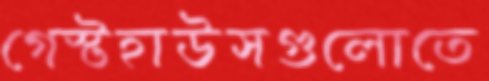
গেস্টহাউসগুলোতে